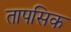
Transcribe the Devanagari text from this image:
तापसिक